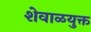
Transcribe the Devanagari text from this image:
शेवाळयुक्त